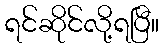
ရင်ဆိုင်လို့ရပြီ။